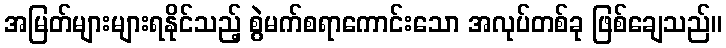
အမြတ်များများရနိုင်သည့် စွဲမက်စရာကောင်းသော အလုပ်တစ်ခု ဖြစ်ချေသည်။